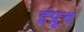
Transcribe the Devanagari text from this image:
इंप्रूव